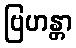
ဗြဟန္တာ